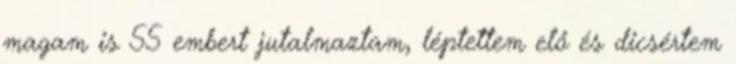
magam is 55 embert jutalmaztam, léptettem elő és dicsértem